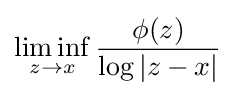
\liminf _{z\rightarrow x}{\frac {\phi (z)}{\log |z-x|}}